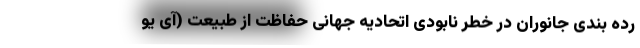
رده بندی جانوران در خطر نابودی اتحادیه جهانی حفاظت از طبیعت (آی یو